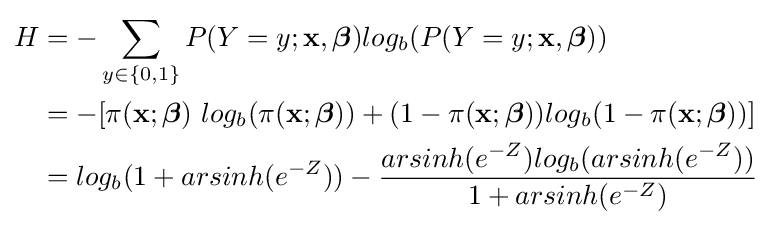
{\begin{aligned}H&=-\sum _{y\in \{0,1\}}{P(Y=y;\mathbf {x} ,{\boldsymbol {\beta }})log_{b}(P(Y=y;\mathbf {x} ,{\boldsymbol {\beta }}))}\\&=-[\pi (\mathbf {x} ;{\boldsymbol {\beta }})\ log_{b}(\pi (\mathbf {x} ;{\boldsymbol {\beta }}))+(1-\pi (\mathbf {x} ;{\boldsymbol {\beta }}))log_{b}(1-\pi (\mathbf {x} ;{\boldsymbol {\beta }}))]\\&=log_{b}(1+arsinh(e^{-Z}))-{\frac {arsinh(e^{-Z})log_{b}(arsinh(e^{-Z}))}{1+arsinh(e^{-Z})}}\end{aligned}}